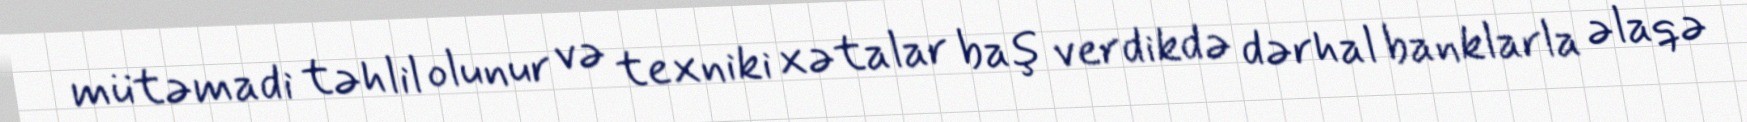
mütəmadi təhlil olunur və texniki xətalar baş verdikdə dərhal banklarla əlaqə